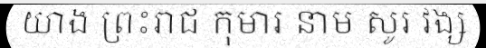
យាង ព្រះរាជ កុមារ នាម សូរ វង្ស